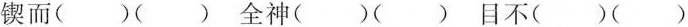
锲而()()全神()()目不()()